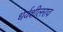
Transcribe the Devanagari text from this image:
धेर्यशीलराव